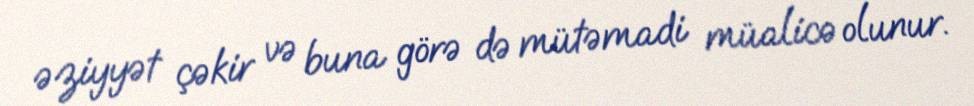
əziyyət çəkir və buna görə də mütəmadi müalicə olunur.